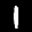
Label: 1